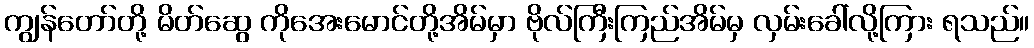
ကျွန်တော်တို့ မိတ်ဆွေ ကိုအေးမောင်တို့အိမ်မှာ ဗိုလ်ကြီးကြည်အိမ်မှ လှမ်းခေါ်လို့ကြား ရသည်။